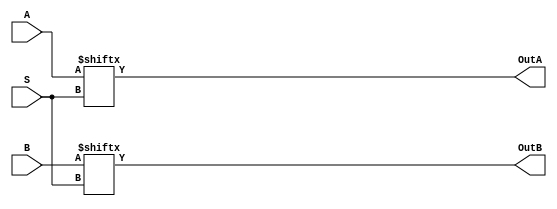
/*
  ECE 171 Project 2
  March 2022
  Andrew Stanton

  Dual 4 to 1 Multiplexer
  Params:
  Output of mux A, Output of mux B, Select bits, inputs for mux A, inputs for mux B
*/

module Dual4to1Mux(OutA, OutB, S, A, B);
input [1:0] S;
input [3:0] A, B;
output OutA, OutB;

assign OutA = A[S];
assign OutB = B[S];
endmodule